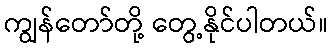
ကျွန်တော်တို့ တွေ့နိုင်ပါတယ်။